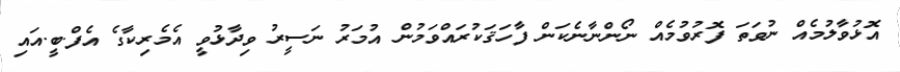
އޮޅުވާލުމެއް ނުވަތަ ފޮރުވުމެއް ނޯންނާނެކަން ފާހަޤަކުރައްވަމުން އުމަރު ނަސީރު ވިދާޅުވީ އެމެރިކާގެ އެފް.ބީ.އައި